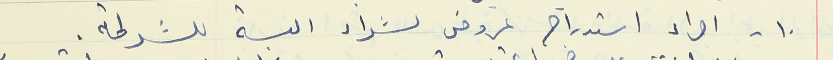
١٠ - اجراء استدراج عروض لشراء البسة للشرطة.